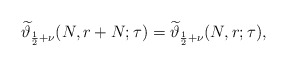
\begin{align*}\widetilde{\vartheta}_{\frac12+\nu}(N,r+N;\tau)=\widetilde{\vartheta}_{\frac12+\nu}(N,r;\tau),\end{align*}